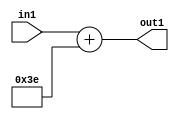
`timescale 1ps / 1ps
/*****************************************************************************
    Verilog RTL Description
    
    
    Created by: Stratus DpOpt 2019.1.01 
*******************************************************************************/

module DC_Filter_Add_12U_176_4 (
	in1,
	out1
	); /* architecture "behavioural" */ 
input [11:0] in1;
output [11:0] out1;
wire [11:0] asc001;

assign asc001 = 
	+(in1)
	+(12'B000000111110);

assign out1 = asc001;
endmodule

/* CADENCE  urnzSwE= : u9/ySgnWtBlWxVPRXgAZ4Og= ** DO NOT EDIT THIS LINE ******/